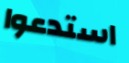
استدعوا